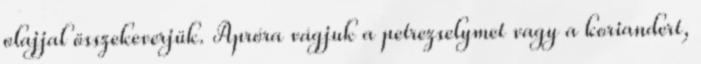
olajjal összekeverjük. Apróra vágjuk a petrezselymet vagy a koriandert,